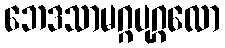
ဘေဒသာမဂ္ဂပုဂ္ဂလော